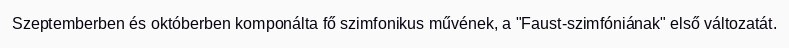
Szeptemberben és októberben komponálta fő szimfonikus művének, a "Faust-szimfóniának" első változatát.